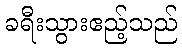
ခရီးသွားဧည့်သည်